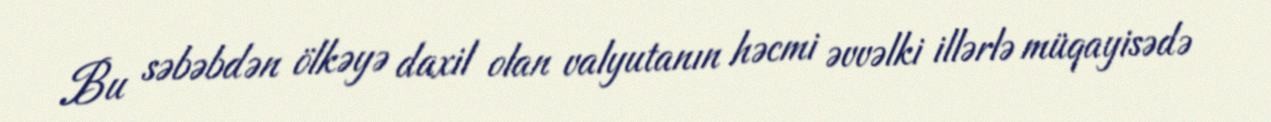
Bu səbəbdən ölkəyə daxil olan valyutanın həcmi əvvəlki illərlə müqayisədə